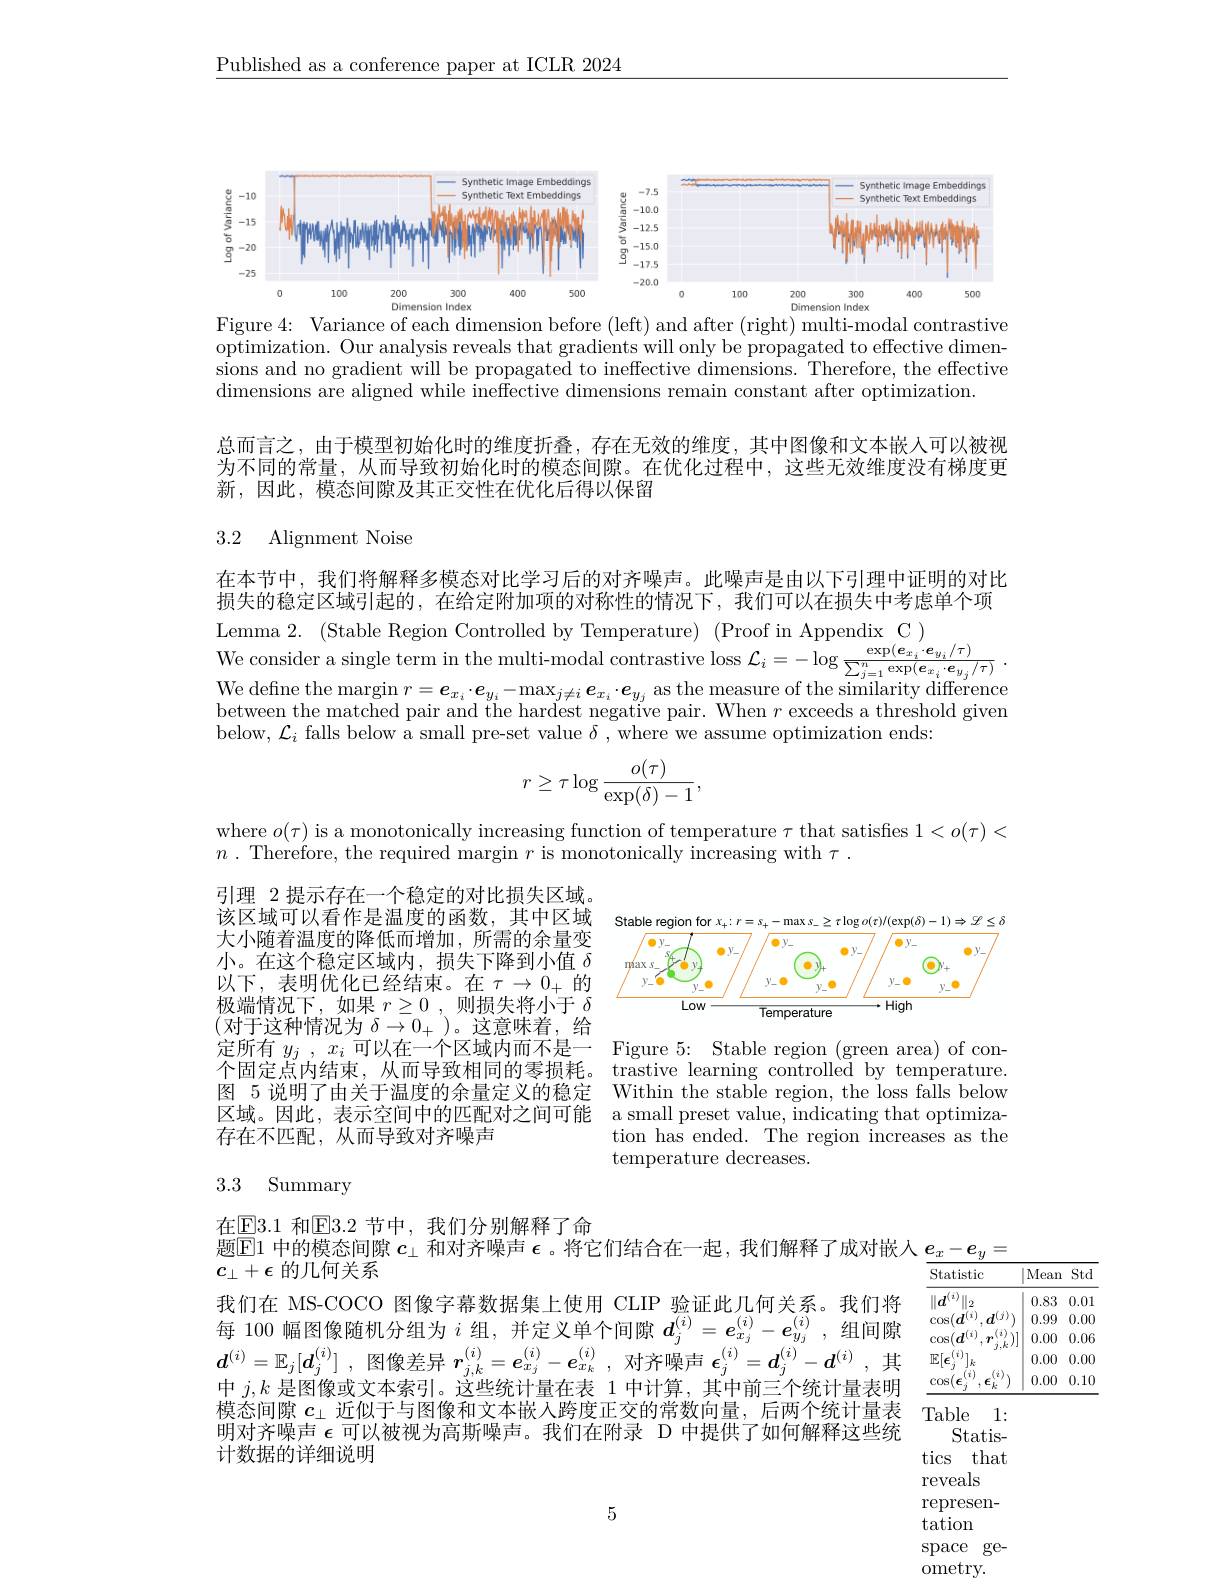
$\underline{\text{Published as a conference paper at ICLR 2024}}$

<FigureHere>
Figure 4: Variance of each dimension before (left) and after (right) multi-modal contrastive

optimization. Our analysis reveals that gradients will only be propagated to effective dimensions and no gradient will be propagated to ineffective dimensions. Therefore, the effective dimensions are aligned while ineffective dimensions remain constant after optimization.

总而言之，由于模型初始化时的维度折叠，存在无效的维度，其中图像和文本嵌人可以被视为不同的常量，从而导致初始化时的模态间隙。在优化过程中，这些无效维度没有梯度更新，因此，模态间隙及其正交性在优化后得以保留

### 3.2 Alignment Noise

在本节中，我们将解释多模态对比学习后的对齐噪声。此噪声是由以下引理中证明的对比损失的稳定区域引起的，在给定附加项的对称性的情况下，我们可以在损失中考虑单个项

Lemma 2. (Stable Region Controlled by Temperature) (Proof in Appendix C )

We consider a single term in the multi- modal contrastive loss $\mathcal{L} _{i}= - \log \frac {\exp ( \boldsymbol{e}_{x_{i}}\cdot \boldsymbol{e}_{y_{i}}/ \tau ) }{\sum _{j= 1}^{n}\exp ( \boldsymbol{e}_{x_{i}}\cdot \boldsymbol{e}_{y_{j}}/ \tau ) }$ . We define the margin $r=\boldsymbol{e}_{x_i}\cdot\boldsymbol{e}_{y_i}-\max_{j\neq i}\boldsymbol{e}_{x_i}\cdot\boldsymbol{e}_{y_j}$ as the measure of the similarity difference between the matched pair and the hardest negative pair. When $r$ exceeds a threshold givem below, $\mathcal{L}_i$ falls below a small pre-set value $\delta$, where we assume optimization ends:
$$r\geq\tau\log\frac{o(\tau)}{\exp(\delta)-1},$$
where $o(\tau)$ is a monotonically increasing function of temperature $\tau$ that satisfies $1<o(\tau)<$
$n$ . Therefore, the required margin $r$ is monotonically increasing with $\tau$ .

<FigureHere>

引理 2 提示存在一个稳定的对比损失区域。该区域可以看作是温度的函数，其中区域大小随着温度的降低而增加，所需的余量变小。在这个稳定区域内，损失下降到小值$\delta$ 以下，表明优化已经结束。在$\tau\to0_+$的极端情况下，如果 $r\geq0$,则损失将小于 $\delta$ (对于这种情况为 $\delta\to0_+)$。这意味着，给定所有$y_j,x_i$可以在一个区域内而不是一 Figure 5: Stable region (green area) of con个固定点内结束，从而导致相同的零损耗。trastive learning controlled by temperature. 图 5 说明了由关于温度的余量定义的稳定区域。因此，表示空间中的匹配对之间可能存在不匹配，从而导致对齐噪声

Within the stable region, the loss falls below a small preset value, indicating that optimization has ended. The region increases as the temperature decreases.

# 3.3 Summary

<table>
	<tbody>
		<tr>
			<th>Statistic</th>
			<th>Mean</th>
			<th>Std</th>
		</tr>
		<tr>
			<td>$\|d^{(2)}$ 2</td>
			<td>0.83</td>
			<td>0.01</td>
		</tr>
		<tr>
			<td>$COS$</td>
			<td>0.99</td>
			<td>0.00</td>
		</tr>
		<tr>
			<td>$COS$</td>
			<td>0.00</td>
			<td>0.06</td>
		</tr>
		<tr>
			<td>$\mathbb{F}[$</td>
			<td>0.00</td>
			<td>0.00</td>
		</tr>
		<tr>
			<td>$COS$</td>
			<td>0.00</td>
			<td>0.10</td>
		</tr>
	</tbody>
</table>

在$\underline{\mathrm{E}}3.1$ 和$\underline{\mathrm{E}}3.2$ 节中，我们分别解释了命
题$\mathbb{E}$1 中的模态间隙$c_\perp$和对齐噪声$\epsilon$ 。将它们结合在一起，我们解释了成对嵌人$e_x-e_y=$
$\overline{c_\perp}+\epsilon$的几何关系
我们在 MS-COCO 图像字幕数据集上使用 CLIP 验证此几何关系。我们将每 100 幅图像随机分组为$i$组，并定义单个间隙$d_j^{(i)}=e_{x_j}^{(i)}-e_{y_j}^{(i)}$,组间隙$\boldsymbol{d}^{(i)}=\mathbb{E}_j[\boldsymbol{d}_j^{(i)}]$ ,图像差异$\boldsymbol r_j,k^{(i)}=\boldsymbol{e}_{x_j}^{(i)}-\boldsymbol{e}_{x_k}^{(i)}$,对齐噪声$\boldsymbol\epsilon_j^{(i)}=\boldsymbol{d}_j^{(i)}-\boldsymbol{d}^{(i)}$ ,其中$j,k$是图像或文本索引。这些统计量在表 1 中计算，其中前三个统计量表明模态间隙$c_\perp$近似于与图像和文本嵌入跨度正交的常数向量，后两个统计量表 Table 1:
明对齐噪声$\epsilon$可以被视为高斯噪声。我们在附录 D 中提供了如何解释这些统
Statis-
计数据的详细说明
tics that
reveals

represen-

5

$\dot{\mathrm{tation}}$

space ge-

ometry.